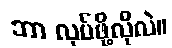
ဘာ လုပ်ဖို့လိုလဲ။